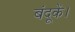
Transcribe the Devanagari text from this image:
बंदूकें।